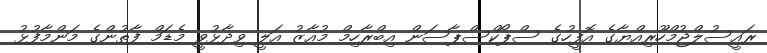
ރައީސުލްޖުމްހޫރިއްޔާގެ އޮފީހުގެ ސްޕޯކްސްޕާސަން އިބްރާހިމް މުއާޒު އަލީ ވިދާޅުވީ މެޑަމް ފާތުންގެ މަންމާފުޅު